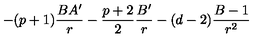
- ( p + 1 ) \frac { B A ^ { \prime } } { r } - \frac { p + 2 } { 2 } \frac { B ^ { \prime } } { r } - ( d - 2 ) \frac { B - 1 } { r ^ { 2 } }